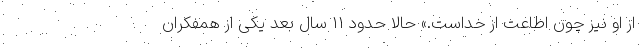
از او نيز چون اطاعت از خداست.» حالا حدود 11 سال بعد یکی از همفکران